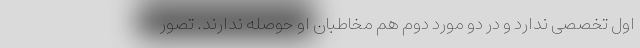
اول تخصصی ندارد و در دو مورد دوم هم مخاطبان او حوصله ندارند. تصور